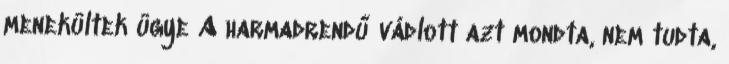
menekültek ügye A harmadrendű vádlott azt mondta, nem tudta,